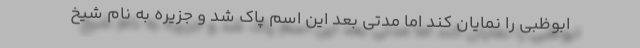
ابوظبی را نمایان کند اما مدتی بعد این اسم پاک شد و جزیره به نام شیخ